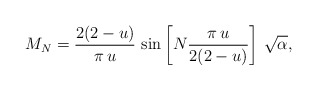
\begin{align*}M_{N}=\frac{2(2-u)}{\pi\,u}\,\sin\left[N \frac{\pi\,u}{2(2-u)}\right]\, \sqrt{\alpha},\end{align*}